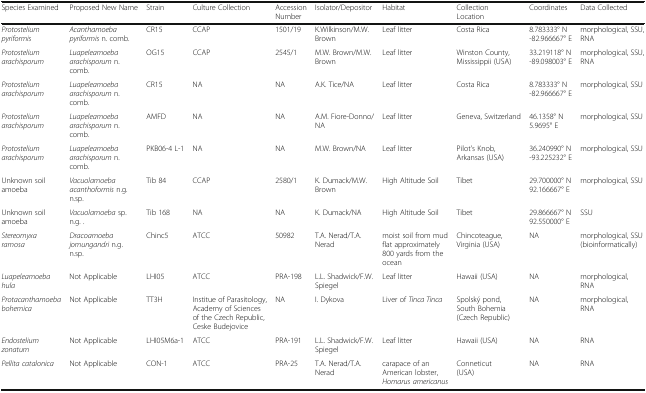
<table><thead><tr><td><b>Species Examined</b></td><td><b>Proposed New Name</b></td><td><b>Strain</b></td><td><b>Culture Collection</b></td><td><b>Accession Number</b></td><td><b>Isolator/Depositor</b></td><td><b>Habitat</b></td><td><b>Collection Location</b></td><td><b>Coordinates</b></td><td><b>Data Collected</b></td></tr></thead><tbody><tr><td><i>Protostelium pyriformis</i></td><td><i>Acanthamoeba pyriformis</i> n. comb.</td><td>CR15</td><td>CCAP</td><td>1501/19</td><td>K.Wilkinson/M.W. Brown</td><td>Leaf litter</td><td>Costa Rica</td><td>8.783333° N -82.966667° E</td><td>morphological, SSU, RNA</td></tr><tr><td><i>Protostelium arachisporum</i></td><td><i>Luapeleamoeba arachisporum</i> n. comb.</td><td>OG15</td><td>CCAP</td><td>2545/1</td><td>M.W. Brown/M.W. Brown</td><td>Leaf litter</td><td>Winston County, Mississippii (USA)</td><td>33.219118° N -89.098003° E</td><td>morphological, SSU, RNA</td></tr><tr><td><i>Protostelium arachisporum</i></td><td><i>Luapeleamoeba arachisporum</i> n. comb.</td><td>CR15</td><td>NA</td><td>NA</td><td>A.K. Tice/NA</td><td>Leaf litter</td><td>Costa Rica</td><td>8.783333° N -82.966667° E</td><td>morphological, SSU</td></tr><tr><td><i>Protostelium arachisporum</i></td><td><i>Luapeleamoeba arachisporum</i> n. comb.</td><td>AMFD</td><td>NA</td><td>NA</td><td>A.M. Fiore-Donno/NA</td><td>Leaf litter</td><td>Geneva, Switzerland</td><td>46.1358° N 5.9695° E</td><td>morphological, SSU</td></tr><tr><td><i>Protostelium arachisporum</i></td><td><i>Luapeleamoeba arachisporum</i> n. comb.</td><td>PKB06-4 L-1</td><td>NA</td><td>NA</td><td>M.W. Brown/NA</td><td>Leaf litter</td><td>Pilot&#x27;s Knob, Arkansas (USA)</td><td>36.240990° N -93.225232° E</td><td>morphological, SSU</td></tr><tr><td>Unknown soil amoeba</td><td><i>Vacuolamoeba acanthoformis</i> n.g. n.sp.</td><td>Tib 84</td><td>CCAP</td><td>2580/1</td><td>K. Dumack/M.W. Brown</td><td>High Altitude Soil</td><td>Tibet</td><td>29.700000° N 92.166667° E</td><td>morphological, SSU</td></tr><tr><td>Unknown soil amoeba</td><td><i>Vacuolamoeba</i> sp. n.g. .</td><td>Tib 168</td><td>NA</td><td>NA</td><td>K. Dumack/NA</td><td>High Altitude Soil</td><td>Tibet</td><td>29.866667° N 92.550000° E</td><td>SSU</td></tr><tr><td><i>Stereomyxa ramosa</i></td><td><i>Dracoamoeba jomungandri</i> n.g. n.sp.</td><td>Chinc5</td><td>ATCC</td><td>50982</td><td>T.A. Nerad/T.A. Nerad</td><td>moist soil from mud flat approximately 800 yards from the ocean</td><td>Chincoteague, Virginia (USA)</td><td>NA</td><td>morphological, SSU (bioinformatically)</td></tr><tr><td><i>Luapeleamoeba hula</i></td><td>Not Applicable</td><td>LHI05</td><td>ATCC</td><td>PRA-198</td><td>L.L. Shadwick/F.W. Spiegel</td><td>Leaf litter</td><td>Hawaii (USA)</td><td>NA</td><td>morphological, RNA</td></tr><tr><td><i>Protacanthamoeba bohemica</i></td><td>Not Applicable</td><td>TT3H</td><td>Institue of Parasitology, Academy of Sciences of the Czech Republic, Ceske Budejovice</td><td>NA</td><td>I. Dykova</td><td>Liver of <i>Tinca Tinca</i></td><td>Spolský pond, South Bohemia (Czech Republic)</td><td>NA</td><td>morphological, RNA</td></tr><tr><td><i>Endostelium zonatum</i></td><td>Not Applicable</td><td>LHI05M6a-1</td><td>ATCC</td><td>PRA-191</td><td>L.L. Shadwick/F.W. Spiegel</td><td>Leaf litter</td><td>Hawaii (USA)</td><td>NA</td><td>RNA</td></tr><tr><td><i>Pellita catalonica</i></td><td>Not Applicable</td><td>CON-1</td><td>ATCC</td><td>PRA-25</td><td>T.A. Nerad/T.A. Nerad</td><td>carapace of an American lobster, <i>Homarus americanus</i></td><td>Conneticut (USA)</td><td>NA</td><td>RNA</td></tr></tbody></table>